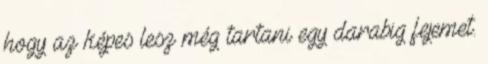
hogy az képes lesz még tartani egy darabig fejemet.